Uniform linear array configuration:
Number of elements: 32
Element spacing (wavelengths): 1
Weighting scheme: cosine
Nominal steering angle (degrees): -15
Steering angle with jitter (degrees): -16.365
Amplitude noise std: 0.05
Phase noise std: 0.05

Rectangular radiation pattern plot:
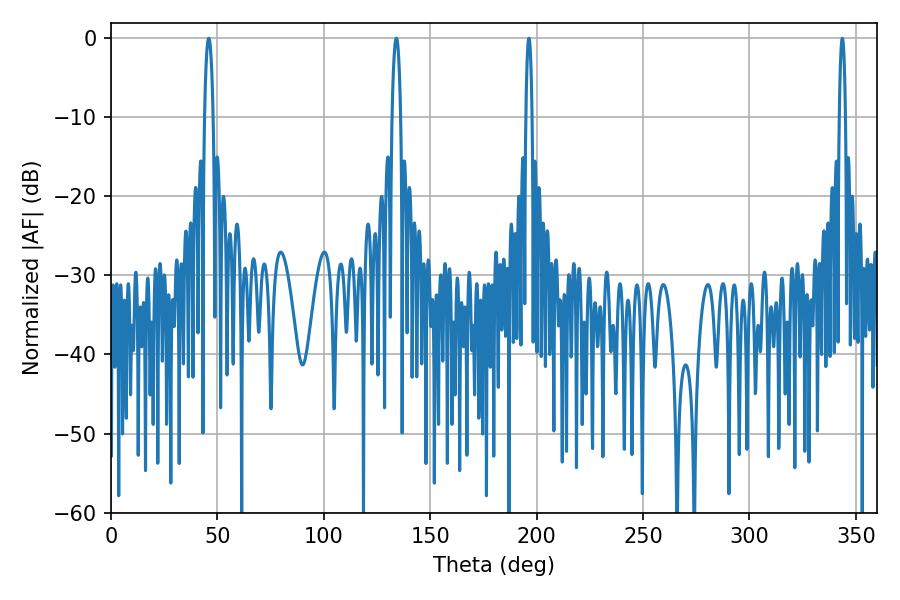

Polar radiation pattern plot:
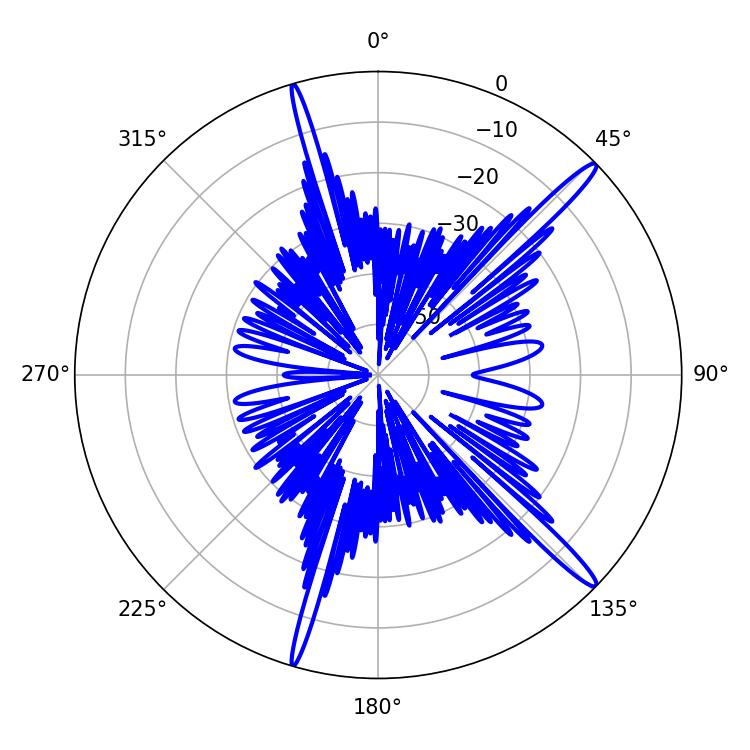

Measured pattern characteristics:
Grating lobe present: TRUE
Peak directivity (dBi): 16.312
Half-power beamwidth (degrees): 2.16
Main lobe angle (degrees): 45.9